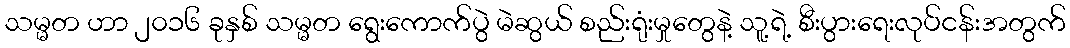
သမ္မတ ဟာ ၂၀၁၆ ခုနှစ် သမ္မတ ရွေးကောက်ပွဲ မဲဆွယ် စည်းရုံးမှုတွေနဲ့ သူ့ရဲ့ စီးပွားရေးလုပ်ငန်းအတွက်